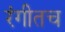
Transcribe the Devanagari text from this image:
रंगीतच